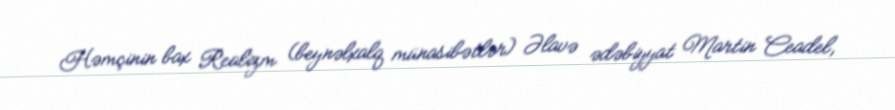
Həmçinin bax Realizm (beynəlxalq münasibətlər) Əlavə ədəbiyyat Martin Ceadel,